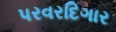
પરવરદિગાર